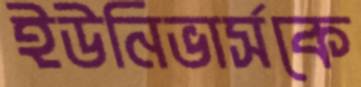
ইউনিভার্সকে